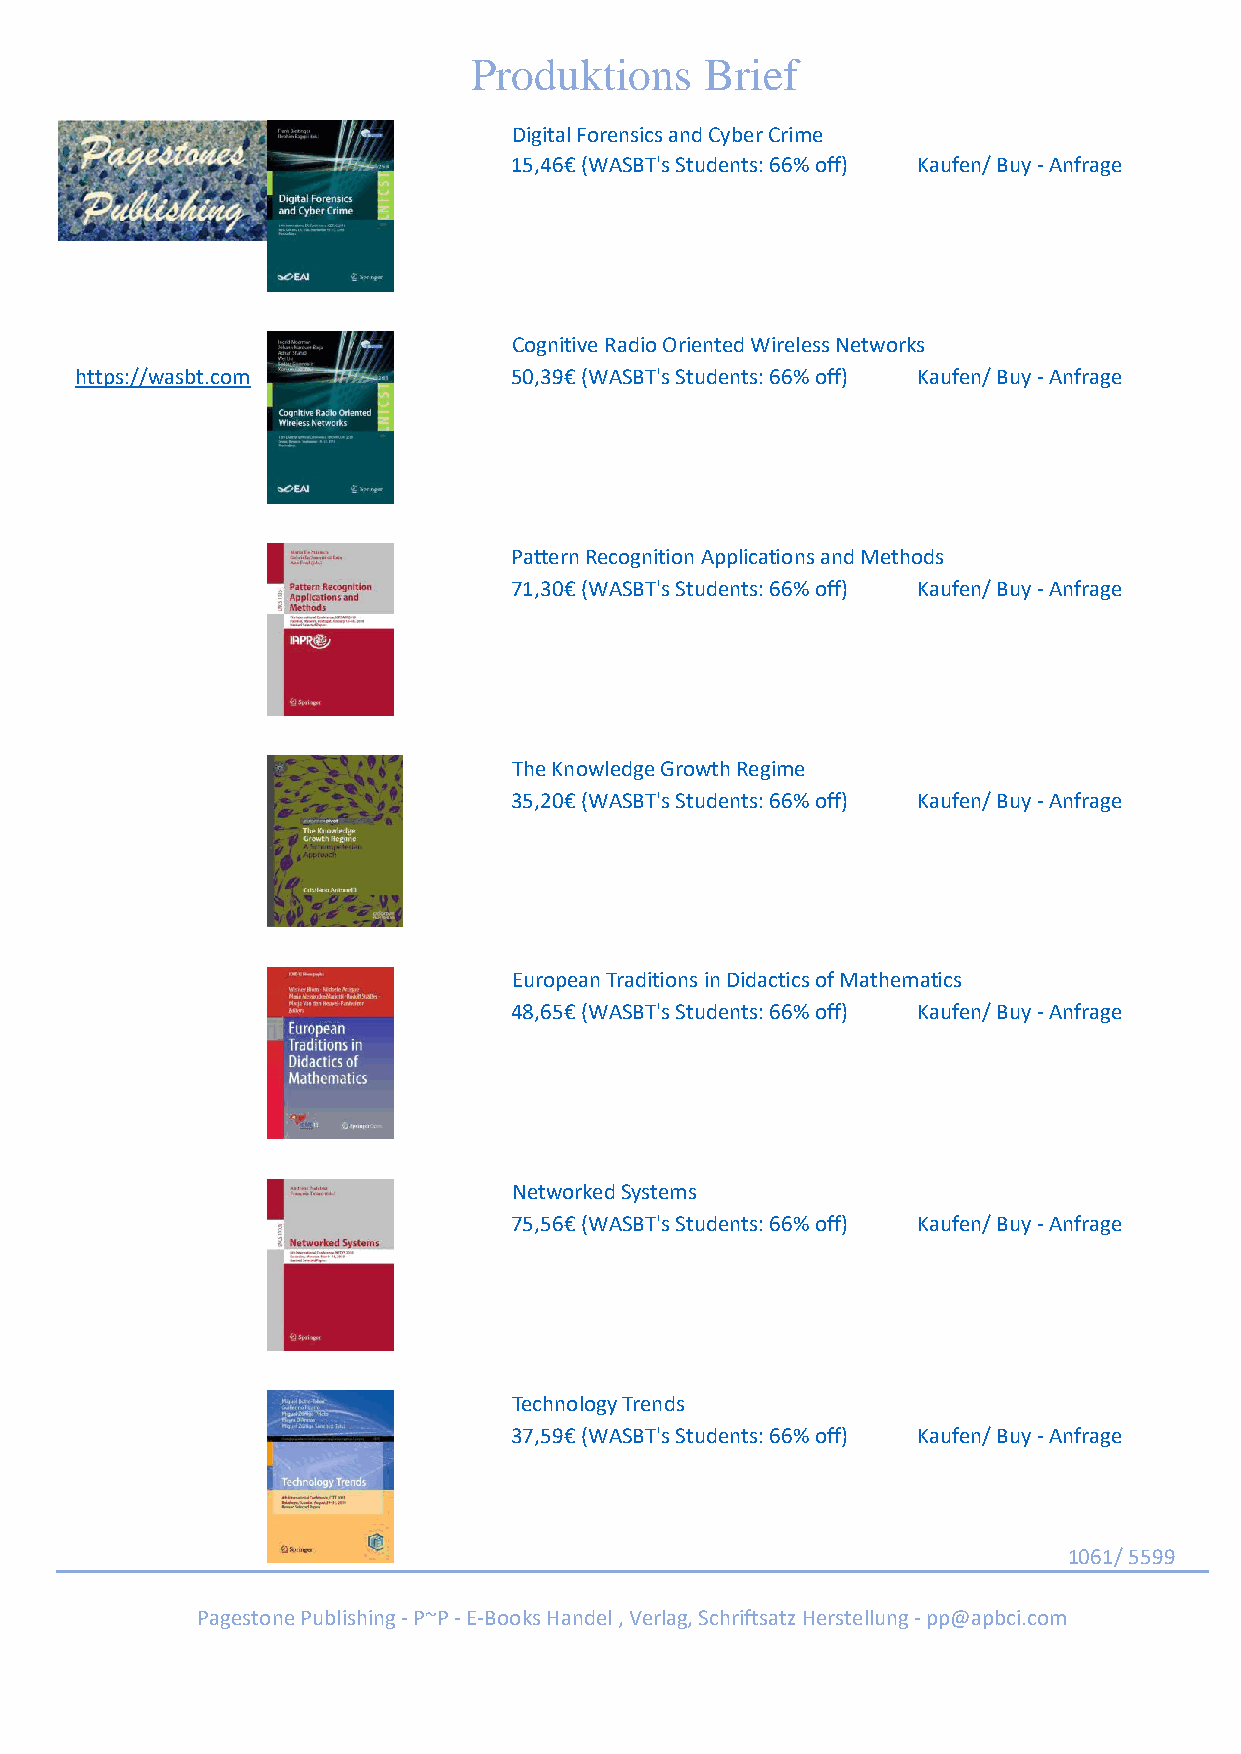
Produktions     Brief
 Digital Forensics and Cyber Crime
 15,46€ (WASBT's Students: 66% off) Kaufen/ Buy - Anfrage
 Cognitive Radio Oriented Wireless Networks
 https://wasbt.com            50,39€ (WASBT's Students: 66% off) Kaufen/ Buy - Anfrage
 Pattern Recognition Applications and Methods
 71,30€ (WASBT's Students: 66% off) Kaufen/ Buy - Anfrage
 The Knowledge Growth Regime
 35,20€ (WASBT's Students: 66% off) Kaufen/ Buy - Anfrage
 European Traditions in Didactics of Mathematics
 48,65€ (WASBT's Students: 66% off) Kaufen/ Buy - Anfrage
 Networked Systems
 75,56€ (WASBT's Students: 66% off) Kaufen/ Buy - Anfrage
 Technology Trends
 37,59€ (WASBT's Students: 66% off) Kaufen/ Buy - Anfrage
 1061/ 5599
 Pagestone Publishing - P~P - E-Books Handel , Verlag, Schriftsatz Herstellung - pp@apbci.com